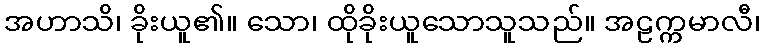
အဟာသိ၊ ခိုးယူ၏။ သော၊ ထိုခိုးယူသောသူသည်။ အဠက္ကမာလီ၊